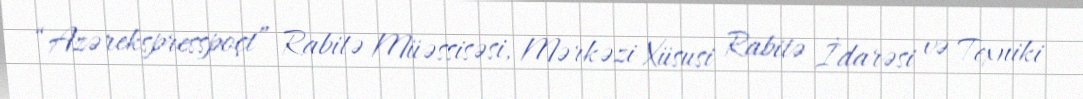
“Azərekspresspoçt” Rabitə Müəssisəsi, Mərkəzi Xüsusi Rabitə İdarəsi və Texniki